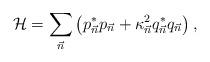
LaTeX: \begin{align*}{\cal H} = \sum_{\vec n}\left( p^*_{\vec n} p_{\vec n} + \kappa^2_{\vec n}q^*_{\vec n} q_{\vec n} \right),\end{align*}